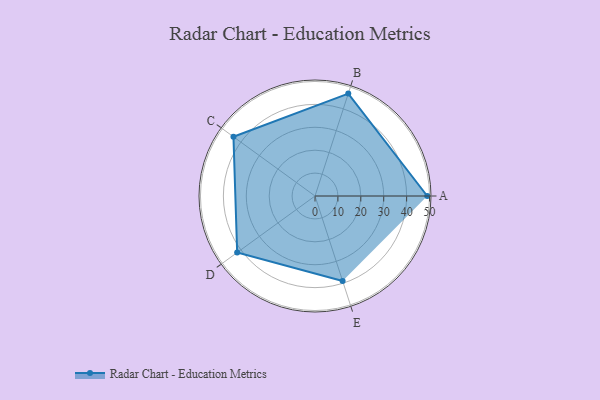
{"axis": {"x": "Skill", "y": "Score"}, "legend": ["Profile"], "data": [{"x": "A", "y": 49.0, "type": "Profile"}, {"x": "B", "y": 47.0, "type": "Profile"}, {"x": "C", "y": 44.0, "type": "Profile"}, {"x": "D", "y": 42.0, "type": "Profile"}, {"x": "E", "y": 39.0, "type": "Profile"}]}